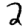
Digit: 2